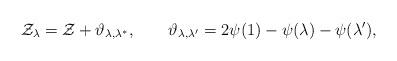
LaTeX: \begin{align*} \mathcal{Z}_\lambda = \mathcal{Z} + \vartheta_{\lambda,\lambda^*}, \qquad \vartheta_{\lambda,\lambda'} = 2\psi(1)-\psi(\lambda)-\psi(\lambda'),\end{align*}